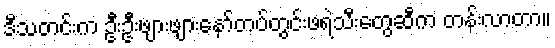
ဒီသတင်းက ဦးဦးဖျားဖျားနော်တပ်တွင်းဖရဲသီးတွေဆီက တန်းလာတာ။